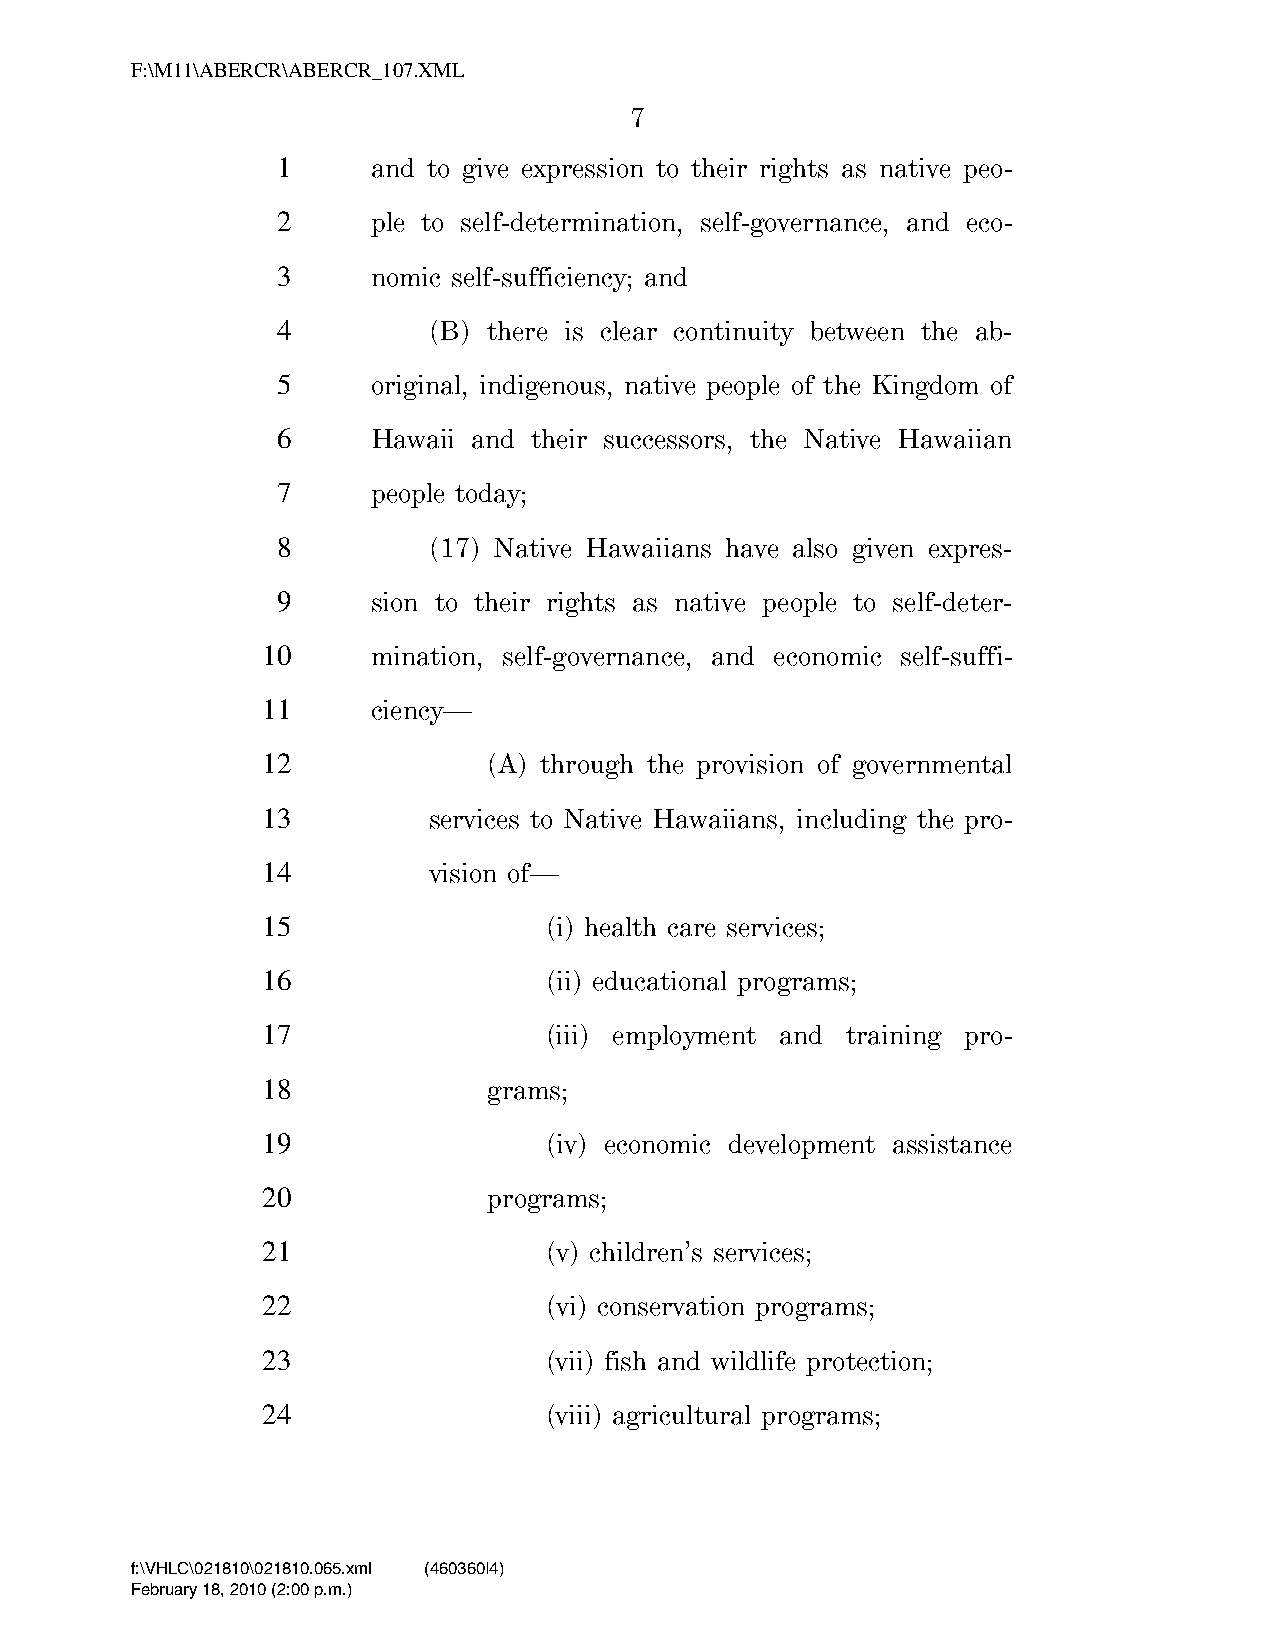
F:\M11\ABERCR\ABERCR_107.XML
 7
 1      and to give expression to their rights as native peo-
 2      ple to self-determination, self-governance, and eco-
 3      nomic self-sufficiency; and
 4         (B) there is clear continuity between the ab-
 5      original, indigenous, native people of the Kingdom of
 6      Hawaii and their successors, the Native Hawaiian
 7      people today;
 8         (17) Native Hawaiians have also given expres-
 9      sion to their rights as native people to self-deter-
 10      mination, self-governance, and economic self-suffi-
 11      ciency—
 12             (A) through the provision of governmental
 13         services to Native Hawaiians, including the pro-
 14         vision of—
 15                 (i) health care services;
 16                 (ii) educational programs;
 17                 (iii) employment and training pro-
 18             grams;
 19                 (iv) economic development assistance
 20             programs;
 21                 (v) children’s services;
 22                 (vi) conservation programs;
 23                 (vii) fish and wildlife protection;
 24                 (viii) agricultural programs;
 f:\VHLC\021810\021810.065.xml (460360|4)
 February 18, 2010 (2:00 p.m.)
 VerDate Nov 24 2008 14:00 Feb 18, 2010 Jkt 000000 PO 00000 Frm 00007 Fmt 6652 Sfmt 6201 C:\TEMP\ABERCR_107.XML HOLCPC